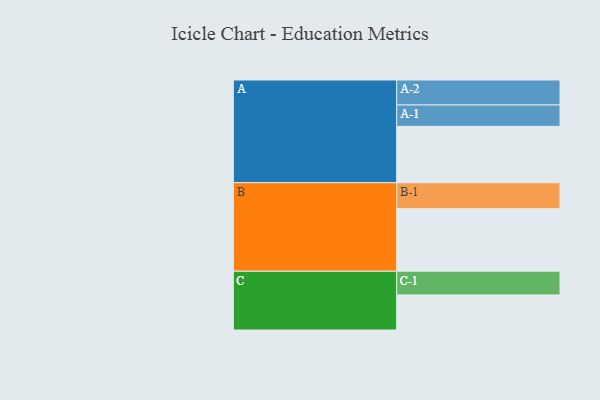
{"axis": {"x": "Segment", "y": "Value"}, "legend": ["", "A", "B", "C"], "data": [{"x": "A", "y": 512, "type": ""}, {"x": "B", "y": 568, "type": ""}, {"x": "C", "y": 319, "type": ""}, {"x": "A-1", "y": 194, "type": "A"}, {"x": "A-2", "y": 227, "type": "A"}, {"x": "B-1", "y": 236, "type": "B"}, {"x": "C-1", "y": 215, "type": "C"}]}